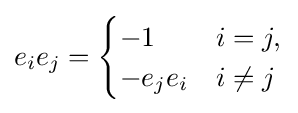
e_{i}e_{j}={\begin{cases}-1&i=j,\\-e_{j}e_{i}&i\neq j\end{cases}}